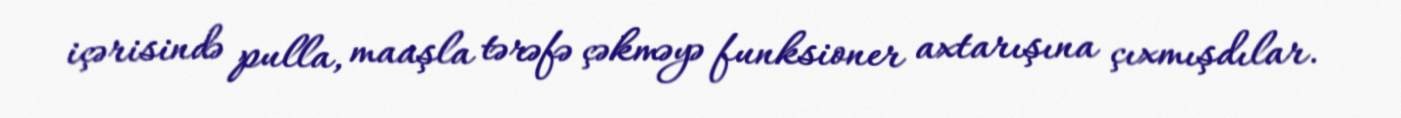
içərisində pulla, maaşla tərəfə çəkməyə funksioner axtarışına çıxmışdılar.